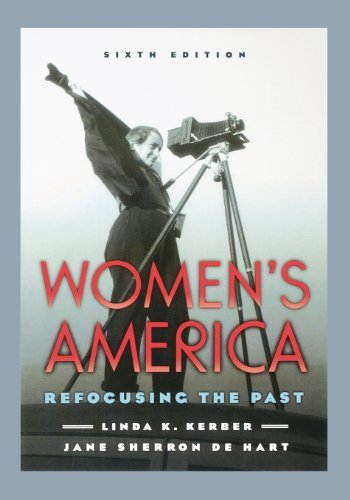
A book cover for Women's America: Refocusing the Past; Linda K. Kerber; Gay & Lesbian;